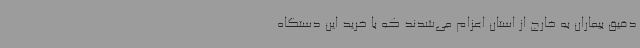
دقیق بیماران به خارج از استان اعزام می‌شدند که با خرید این دستگاه